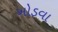
ખોડવા